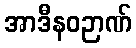
အာဒီနဝဉာဏ်